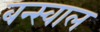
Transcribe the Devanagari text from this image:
बन्स्वाल